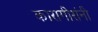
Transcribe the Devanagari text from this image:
कारागीरांनी